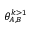
\theta _ { A , B } ^ { k > 1 }